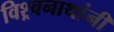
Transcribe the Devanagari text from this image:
विश्र्वनाथांनी